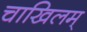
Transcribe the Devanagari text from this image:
चाखिलम्